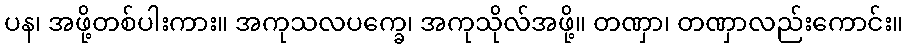
ပန၊ အဖို့တစ်ပါးကား။ အကုသလပက္ခေ၊ အကုသိုလ်အဖို့။ တဏှာ၊ တဏှာလည်းကောင်း။